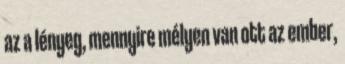
az a lényeg, mennyire mélyen van ott az ember,